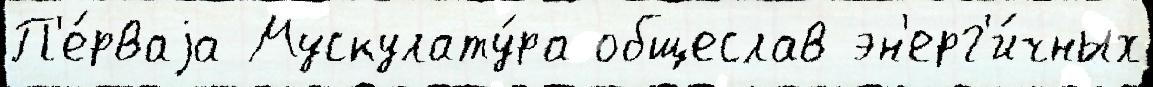
П'е́рваjа Мускулату́ра общеслав эн'ерг'и́чных